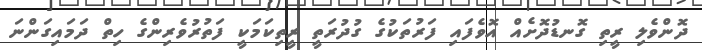
ދޮންވެލި ރީތި ގޮނޑުދޮށެއް އޮވެފައި ފަރުތަކުގެ ގުދުރަތީ ރީތިކަމަކީ ފަތުރުވެރިންގެ ހިތް ދަމައިގަންނަ